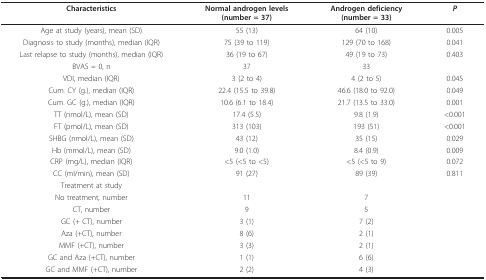
| Characteristics | Normal androgen levels(number = 37) | Androgen deficiency (number = 33) | P |
 | --- | --- | --- | --- |
 | Age at study (years), mean (SD) | 55 (13) | 64 (10) | 0.005 |
 | Diagnosis to study (months), median (IQR) | 75 (39 to 119) | 129 (70 to 168) | 0.041 |
 | Last relapse to study (months), median (IQR) | 36 (19 to 67) | 49 (19 to 73) | 0.403 |
 | BVAS = 0, n | 37 | 33 |  |
 | VDI, median (IQR) | 3 (2 to 4) | 4 (2 to 5) | 0.045 |
 | Cum. CY (g.), median (IQR) | 22.4 (15.5 to 39.8) | 46.6 (18.0 to 92.0) | 0.049 |
 | Cum. GC (g.), median (IQR) | 10.6 (6.1 to 18.4) | 21.7 (13.5 to 33.0) | 0.001 |
 | TT (nmol/L), mean (SD) | 17.4 (5.5) | 9.8 (1.9) | <0.001 |
 | FT (pmol/L), mean (SD) | 313 (103) | 193 (51) | <0.001 |
 | SHBG (nmol/L), mean (SD) | 43 (12) | 35 (15) | 0.029 |
 | Hb (mmol/L), mean (SD) | 9.0 (1.0) | 8.4 (0.9) | 0.009 |
 | CRP (mg/L), median (IQR) | <5 (<5 to <5) | <5 (<5 to 9) | 0.072 |
 | CC (ml/min), mean (SD) | 91 (27) | 89 (39) | 0.811 |
 | Treatment at study |  |  |  |
 | No treatment, number | 11 | 7 |  |
 | CT, number | 9 | 5 |  |
 | GC (+ CT), number | 3 (1) | 7 (2) |  |
 | Aza (+CT), number | 8 (6) | 2 (1) |  |
 | MMF (+CT), number | 3 (3) | 2 (1) |  |
 | GC and Aza (+CT), number | 1 (1) | 6 (6) |  |
 | GC and MMF (+CT), number | 2 (2) | 4 (3) |  |